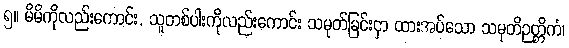
၅။ မိမိကိုလည်းကောင်း, သူတစ်ပါးကိုလည်းကောင်း သမုတ်ခြင်းငှာ ထားအပ်သော သမုတိဉတ္တိကံ၊